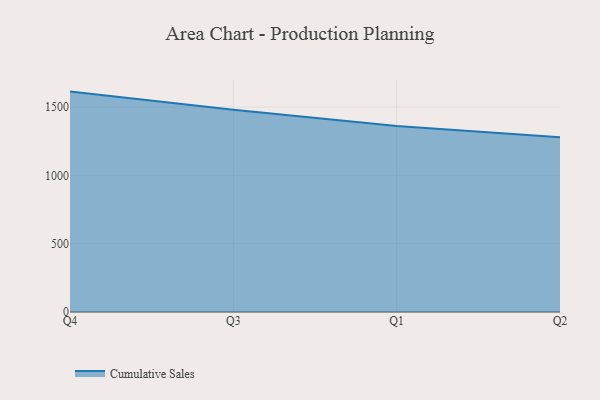
{"axis": {"x": "Quarter", "y": "Page Views"}, "legend": ["Cumulative Sales"], "data": [{"x": "Q4", "y": 1612.4, "type": "Cumulative Sales"}, {"x": "Q3", "y": 1479.4, "type": "Cumulative Sales"}, {"x": "Q1", "y": 1360.3, "type": "Cumulative Sales"}, {"x": "Q2", "y": 1278.5, "type": "Cumulative Sales"}]}